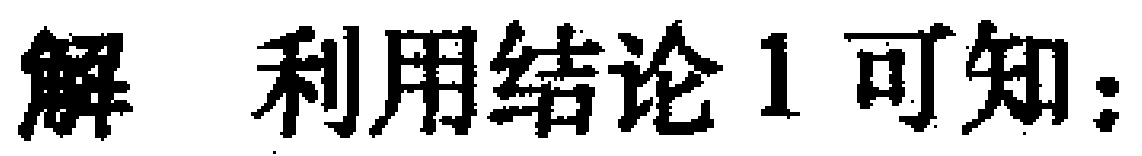
解 利用结论1可知：